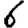
Digit: 6